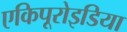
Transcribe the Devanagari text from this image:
एकिपूरोइडिया